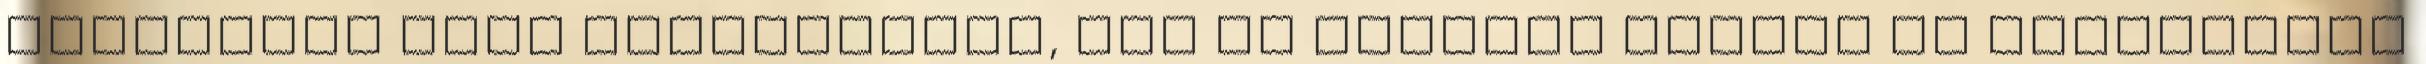
Tudósítás című rovatunkban, sőt az anyagok bősége és terjedelme